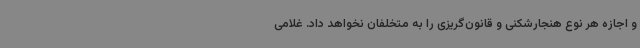
و اجازه هر نوع هنجارشکنی و قانون‌گریزی را به متخلفان نخواهد داد. غلامی